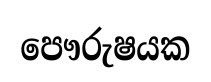
පෞරුෂයක